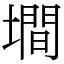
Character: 墹